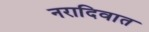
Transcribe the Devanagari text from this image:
नरादिवात